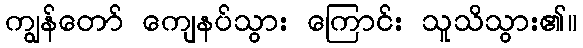
ကျွန်တော် ကျေနပ်သွား ကြောင်း သူသိသွား၏။